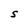
Character: S